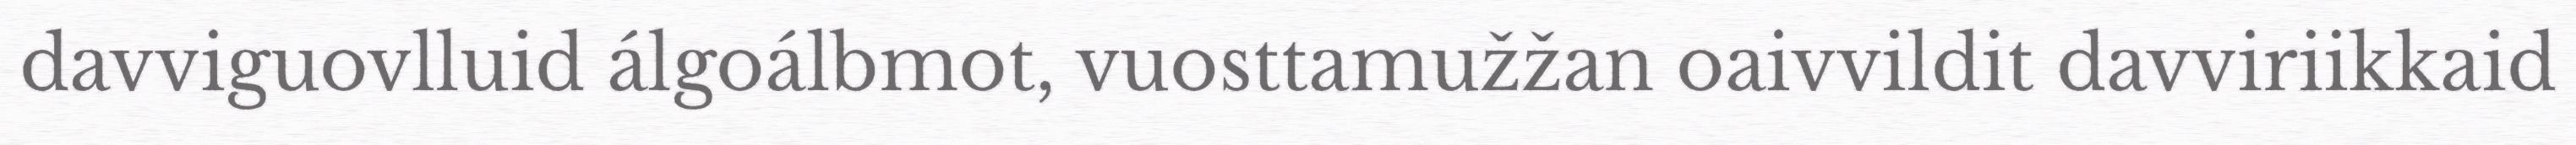
davviguovlluid álgoálbmot, vuosttamužžan oaivvildit davviriikkaid